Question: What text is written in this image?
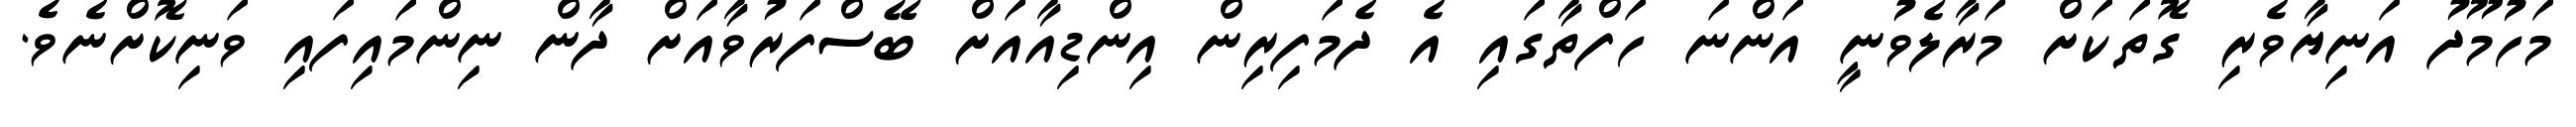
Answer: މަހުމޫދު އަނިޔާވެރި ގޮތަކަށް މަރާލެވުނީ އަންނަ ހަފްތާގައި އެ ދެމަފިރިން އިންޑިއާއަށް ބޭސްފަރުވާއަށް ދާން ނިންމައިފައި ވަނިކޮށްނެވެ.